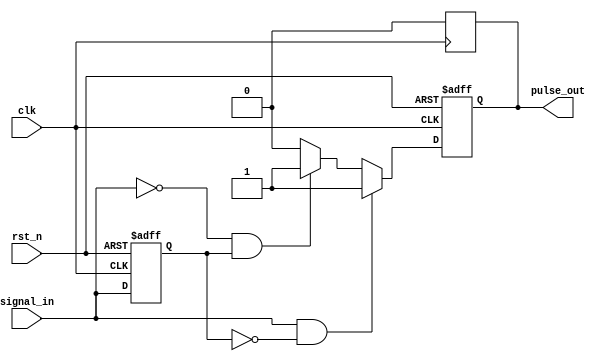
module pulse_edge_detector (
    input wire clk,               // Clock signal
    input wire rst_n,             // Asynchronous active-low reset
    input wire signal_in,         // Input signal
    output reg pulse_out          // Output pulse signal
);

    reg previous_state;           // Memory block to store the previous state of the input signal

    // Asynchronous reset and edge detection logic
    always @(posedge clk or negedge rst_n) begin
        if (!rst_n) begin
            previous_state <= 1'b0;  // Initialize previous state on reset
            pulse_out <= 1'b0;       // Initialize pulse output on reset
        end else begin
            // Edge detection logic
            if (signal_in && !previous_state) begin
                pulse_out <= 1'b1;    // Rising edge detected, set pulse out high
            end else if (!signal_in && previous_state) begin
                pulse_out <= 1'b1;    // Falling edge detected, set pulse out high
            end else begin
                pulse_out <= 1'b0;     // No edge detected, set pulse out low
            end
            
            // Update the previous state
            previous_state <= signal_in;
        end
    end

    // Ensure pulse_out is high for only one clock cycle
    always @(posedge clk) begin
        if (pulse_out) begin
            pulse_out <= 1'b0; // Reset pulse_out after one clock cycle
        end
    end

endmodule